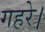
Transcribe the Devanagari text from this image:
गहरे।